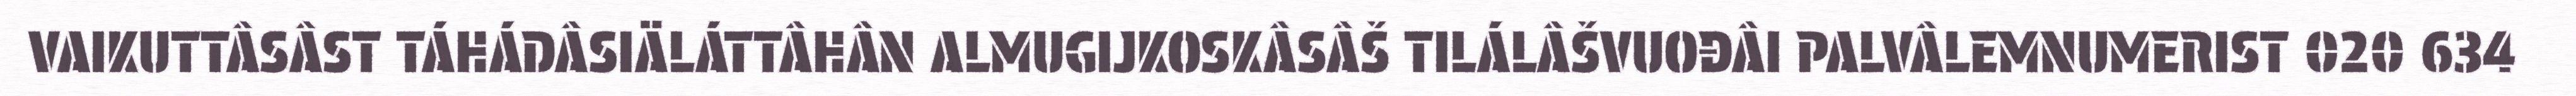
VAIKUTTÂSÂST TÁHÁDÂSIÄLÁTTÂHÂN ALMUGIJKOSKÂSÂŠ TILÁLÂŠVUOĐÂI PALVÂLEMNUMERIST 020 634